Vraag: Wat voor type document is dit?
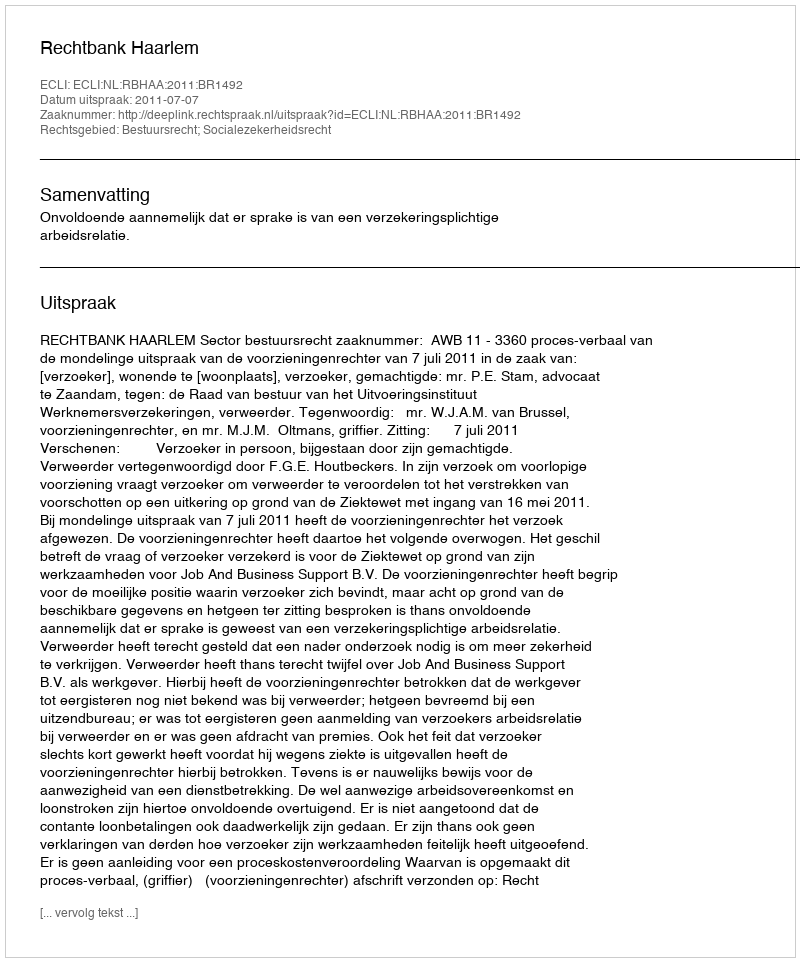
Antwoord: Uitspraak